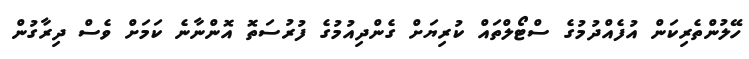
ހޭލުންތެރިކަން އުފެއްދުމުގެ ސްޓޯލްތައް ކުރިޔަށް ގެންދިއުމުގެ ފުރުސަތޮ އޮންނާނެ ކަމަށް ވެސް ދިިރާގުން